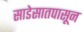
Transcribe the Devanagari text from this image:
साडेसातपासून